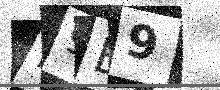
Text: M9B9